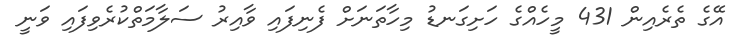
އޭގެ ތެރެއިން 431 މީހެއްގެ ހަށިގަނޑު މިހާތަނަށް ފެނިފައި ވާއިރު ސަލާމަތްކުރެވިފައި ވަނީ